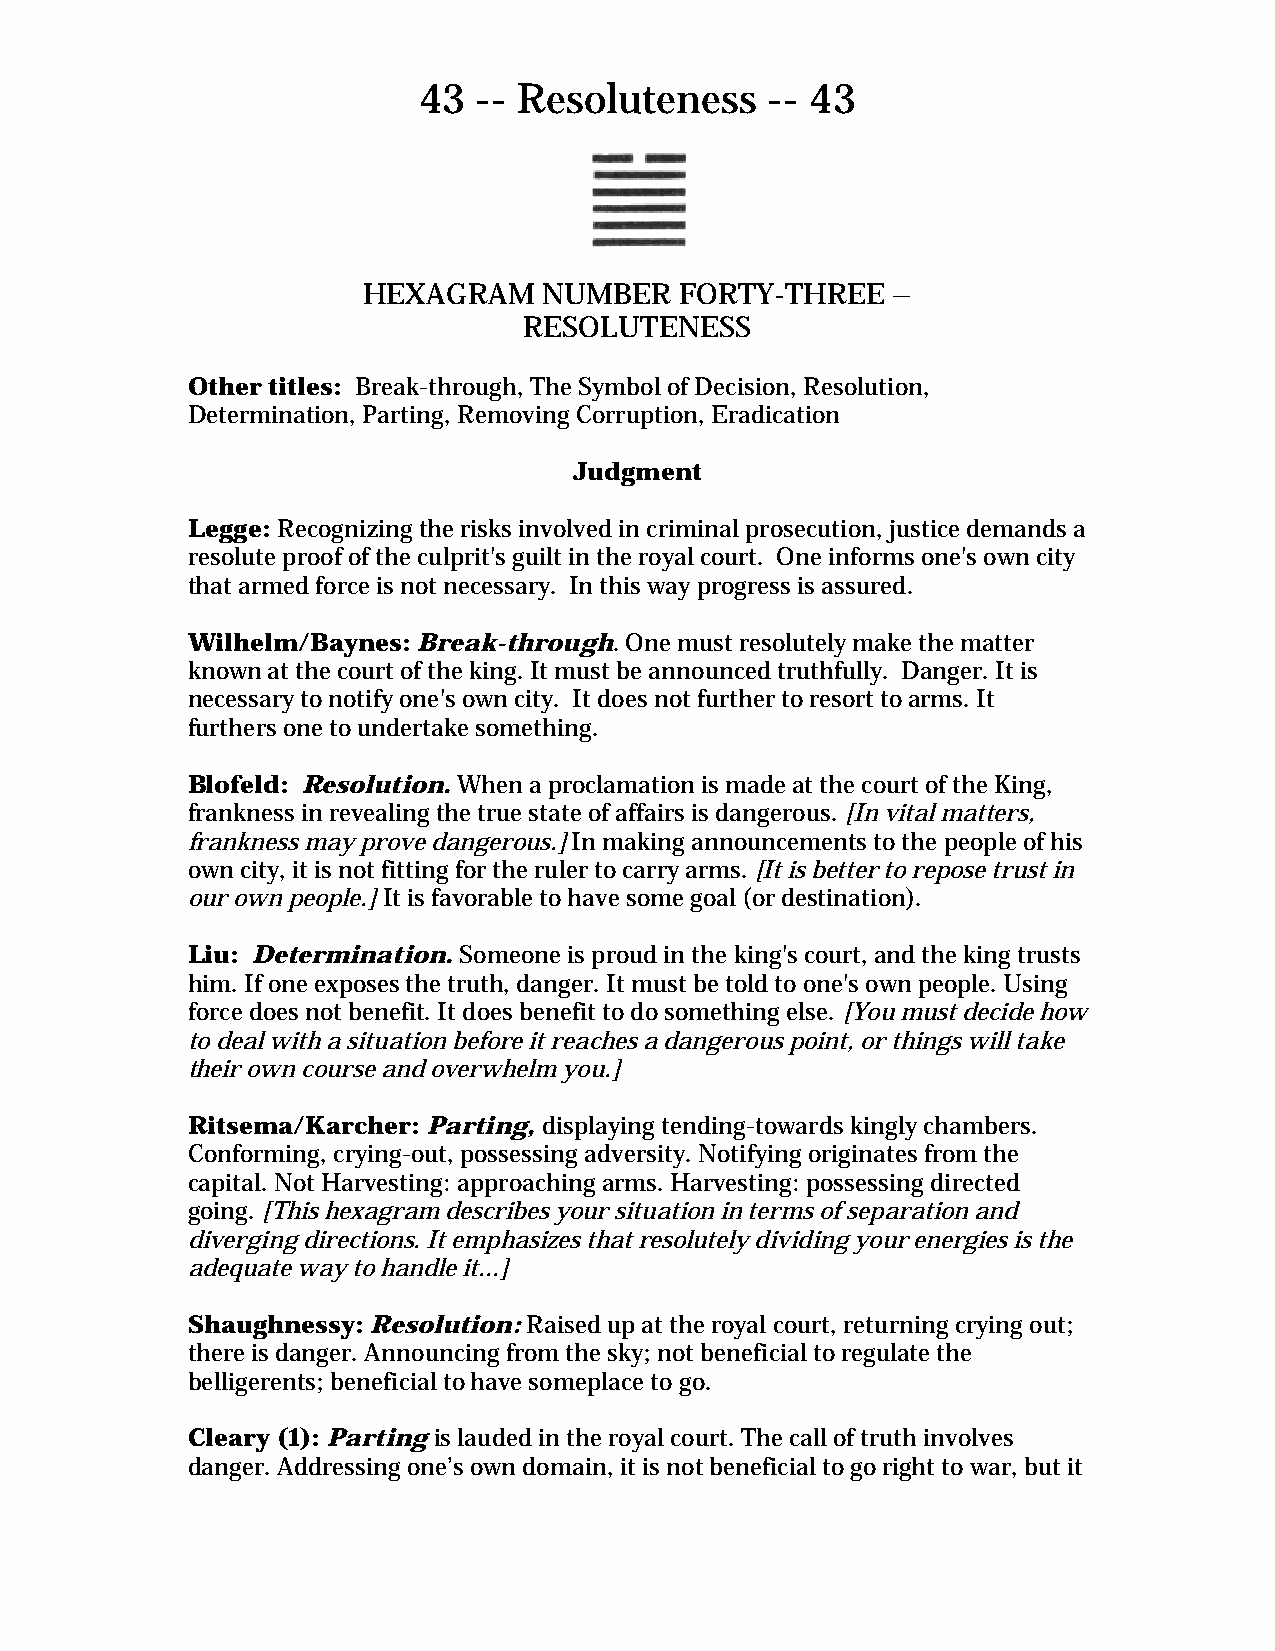
43  -- Resoluteness    -- 43
 HEXAGRAM    NUMBER   FORTY-THREE   –
 RESOLUTENESS
 Other titles: Break-through, The Symbol of Decision, Resolution,
 Determination, Parting, Removing Corruption, Eradication
 Judgment
 Legge: Recognizing the risks involved in criminal prosecution, justice demands a
 resolute proof of the culprit's guilt in the royal court. One informs one's own city
 that armed force is not necessary. In this way progress is assured.
 Wilhelm/Baynes: Break-through. One must resolutely make the matter
 known at the court of the king. It must be announced truthfully. Danger. It is
 necessary to notify one's own city. It does not further to resort to arms. It
 furthers one to undertake something.
 Blofeld: Resolution. When a proclamation is made at the court of the King,
 frankness in revealing the true state of affairs is dangerous. [In vital matters,
 frankness may prove dangerous.] In making announcements to the people of his
 own city, it is not fitting for the ruler to carry arms. [It is better to repose trust in
 our own people.] It is favorable to have some goal (or destination).
 Liu: Determination. Someone is proud in the king's court, and the king trusts
 him. If one exposes the truth, danger. It must be told to one's own people. Using
 force does not benefit. It does benefit to do something else. [You must decide how
 to deal with a situation before it reaches a dangerous point, or things will take
 their own course and overwhelm you.]
 Ritsema/Karcher: Parting, displaying tending-towards kingly chambers.
 Conforming, crying-out, possessing adversity. Notifying originates from the
 capital. Not Harvesting: approaching arms. Harvesting: possessing directed
 going. [This hexagram describes your situation in terms of separation and
 diverging directions. It emphasizes that resolutely dividing your energies is the
 adequate way to handle it...]
 Shaughnessy: Resolution: Raised up at the royal court, returning crying out;
 there is danger. Announcing from the sky; not beneficial to regulate the
 belligerents; beneficial to have someplace to go.
 Cleary (1): Parting is lauded in the royal court. The call of truth involves
 danger. Addressing one’s own domain, it is not beneficial to go right to war, but it